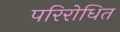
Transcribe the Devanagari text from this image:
परिरोधित